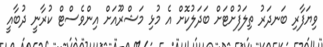
ވިޔަފާރި ބަނދަރު ތިލަފުށްޓަށް ބަދަލުކޮށް އެ މުޅި މަޝްރޫއަށް އިންވެސްޓް ކުރާނީ ދުބާއީ